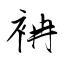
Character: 袡